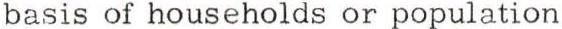
basis of households or population